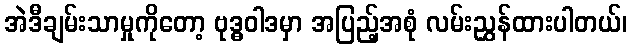
အဲဒီချမ်းသာမှုကိုတော့ ဗုဒ္ဓဝါဒမှာ အပြည့်အစုံ လမ်းညွှန်ထားပါတယ်၊